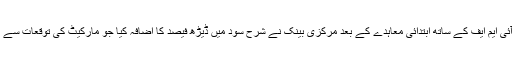
مئی میں آئی ایم ایف کے ساتھ ابتدائی معاہدے کے بعد مرکزی بینک نے شرح سود میں ڈیڑھ فیصد کا اضافہ کیا جو مارکیٹ کی توقعات سے زیادہ تھا۔